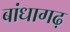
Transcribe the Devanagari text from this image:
बांधागढ़